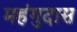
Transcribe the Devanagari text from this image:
महंगुदास